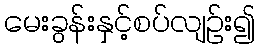
မေးခွန်းနှင့်စပ်လျဉ်း၍